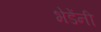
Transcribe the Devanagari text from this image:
भेडेंनी